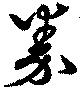
券